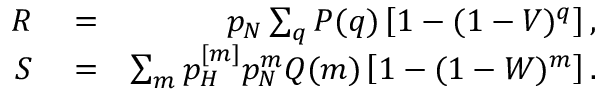
\begin{array} { r l r } { R } & { { } = } & { p _ { N } \sum _ { q } P ( q ) \left[ 1 - ( 1 - V ) ^ { q } \right] , } \\ { S } & { { } = } & { \sum _ { m } p _ { H } ^ { [ m ] } p _ { N } ^ { m } Q ( m ) \left[ 1 - ( 1 - W ) ^ { m } \right] . } \end{array}